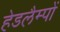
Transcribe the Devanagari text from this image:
हेडलैम्पों